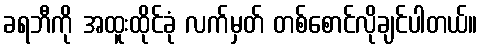
ခရဘီကို အထူးထိုင်ခုံ လက်မှတ် တစ်စောင်လိုချင်ပါတယ်။